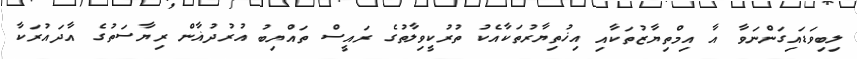
ލިބިވަޑައިގަންނަވާ އާ އިމްތިޔާޒުތަކާއި އިޚުތިޔާރުތަކާއެކު ތުރުކީވިލާތުގެ ރައީސް ތައްޔިބު އުރުދުޣާން ރިޔާސަތުގެ އާދައުރަކާ